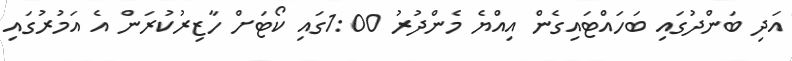
އަދި ބަންދުގައި ބަހައްޓައިގެން އިއްޔެ މެންދުރު 1:00ގައި ކޯޓަށް ހާޒިރުކުރަން އެ އަމުރުގައި